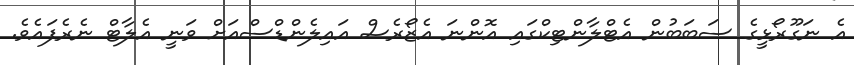
އެ ނަގޫރޯޅީގެ ސަބަބުން އެޓްލާންޓިކްގައި އޮންނަ އެޒޯރެސް އައިލެންޑްސްއަށް ވަނީ އެލާޓް ނެރެފައެވެ.